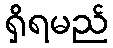
ရှိရမည်